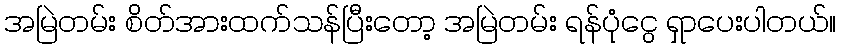
အမြဲတမ်း စိတ်အားထက်သန်ပြီးတော့ အမြဲတမ်း ရန်ပုံငွေ ရှာပေးပါတယ်။